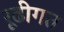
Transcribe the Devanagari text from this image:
रूढीगत